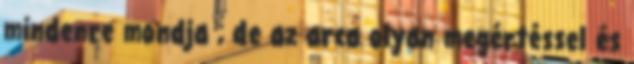
mindenre mondja , de az arca olyan megértéssel és